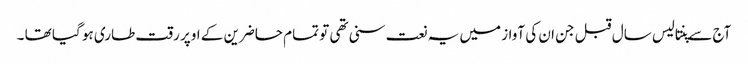
آج سے پنتالیس سال قبل جن ان کی آواز میں یہ نعت سنی تھی تو تمام حاضرین کے اوپر رقت طاری ہو گیا تھا ۔